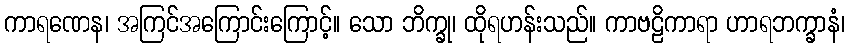
ကာရဏေန၊ အကြင်အကြောင်းကြောင့်။ သော ဘိက္ခု၊ ထိုရဟန်းသည်။ ကာဗဠိကာရာ ဟာရဘက္ခာနံ၊